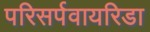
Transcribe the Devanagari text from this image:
परिसर्पवायरिडा